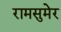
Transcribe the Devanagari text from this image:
रामसुमेर